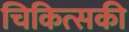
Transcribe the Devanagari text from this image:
चिकित्सकी